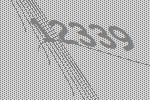
12339